Leaving Certificate Examination (including Day School Certificate (Higher) General paper), 1932
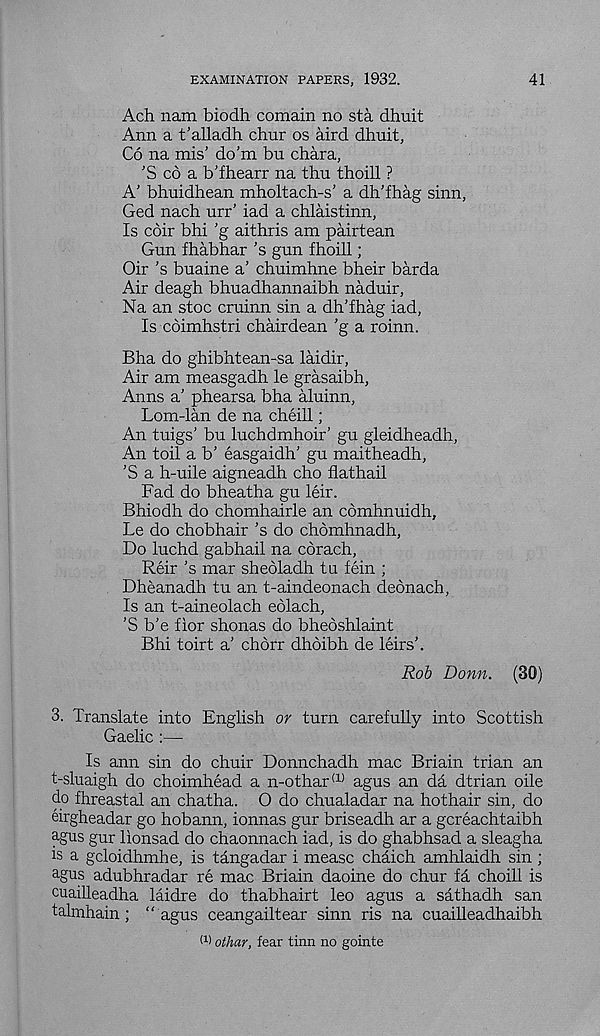
EXAMINATION PAPERS, 1932.
41
Ach nam biodh comain no sta dhuit
Ann a t’alladh chur os aird dhuit,
Co na mis' do’m bu chara,
'S cb a b'fhearr na thu thoill ?
A’ bhuidhean mholtach-s' a dh'fhag sinn,
Ged nach urr’ iad a chlaistinn,
Is coir bhi 'g aithris am pairtean
Gun fhabhar 's gun fhoill;
Oir's buaine a’ chuimhne bheir barda
Air deagh bhuadhannaibh naduir,
Na an stoc cruinn sin a dh'fhag iad,
Is cdimhstri chairdean 'g a roinn.
Bha do ghibhtean-sa laidir,
Air am measgadh le grasaibh,
Anns a' phearsa bha aluinn,
Lom-lan de na cheill;
An tuigs' bu luchdmhoir’ gu gleidheadh,
An toil a b' easgaidh' gu maitheadh,
'S a h-uile aigneadh cho flathail
Fad do bheatha gu leir.
Bhiodh do chomhairle an comhnuidh,
Le do chobhair's do chomhnadh,
Do luchd gabhail na corach,
Reir's mar sheoladh tu fein ;
Dheanadh tu an t-aindeonach deonach,
Is an t-aineolach eolach,
'S b'e fior shonas do bheoshlaint
Bhi toirt a’ chbrr dhbibh de leirs'.
Rob Bonn. (80)
3. Translate into English or turn carefully into Scottish
Gaelic :—
Is aim sin do chuir Donnchadh mac Briain trian an
t-sluaigh do choimhead a n-othar (1) agus an da dtrian oile
do fhreastal an chatha. O do chualadar na hothair sin, do
eirgheadar go hobann, ionnas gur briseadh ar a gcreachtaibh
agus gur lionsad do chaonnach iad, is do ghabhsad a sleagha
is a gcloidhmhe, is tangadar i mease cMich amhlaidh sin;
agus adubhradar re mac Briain daoine do chur fa choill is
cuailleadha laidre do thabhairt leo agus a sathadh san
talmhain ; “ agus ceangailtear sinn ris na cuailleadhaibh
(1 > othar, fear tinn no gointe